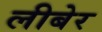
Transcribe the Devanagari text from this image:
लीबेर